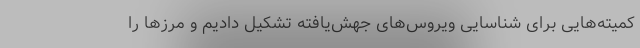
کمیته‌هایی برای شناسایی ویروس‌های جهش‌یافته تشکیل دادیم و مرز‌ها را